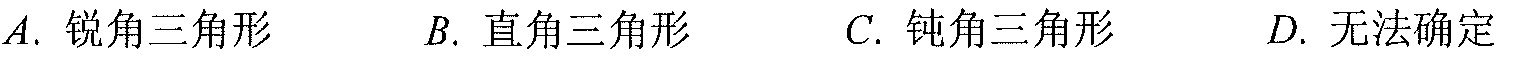
$A.\text{ 锐角三角形}\qquad B.\text{ 直角三角形}\qquad C.\text{ 钝角三角形}\qquad D.\text{ 无法确定}$